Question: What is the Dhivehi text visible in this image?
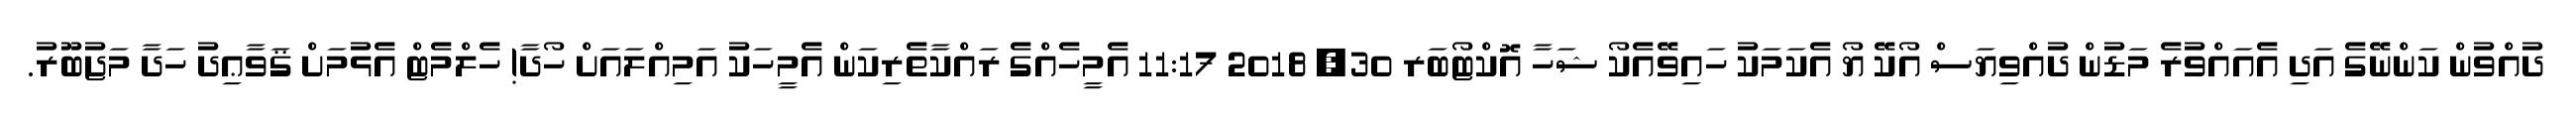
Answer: ދުއްވުން ކަންނޭގެ އަދި އެއައްވުރެ މަޑުން ދުއްވިޔަސް އޯކޭ ޔޯ އެކަމަކު ހައިވޭއެކޯ ޝަހާ އޮކްޓޯބަރ 30, 2018 11:17 އެމީހެއްގެ ރައްކާތެރިކަން އެމީހަކު އަމިއްލައަށް ހޯދާ! ހެލްމެޓް އެޅުމަށް ޤަވާޢިދު ހަދާ މަޖުބޫރު.